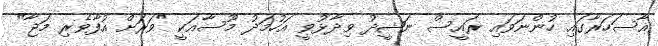
އާސަހަރާގައި ހުންނަވައި ރައީސް ނަޝީދު ވިދާޅުވީ އަހުމަދު މޫސާއަކީ "ވަރަށް އުފާވެރި މަޖާ"